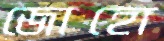
জোহো